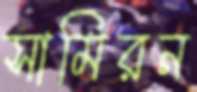
সামিরন